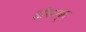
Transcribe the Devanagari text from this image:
हरितगृह